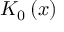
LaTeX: K _ { 0 } \left( x \right)